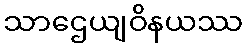
သာဌေယျဝိနယဿ